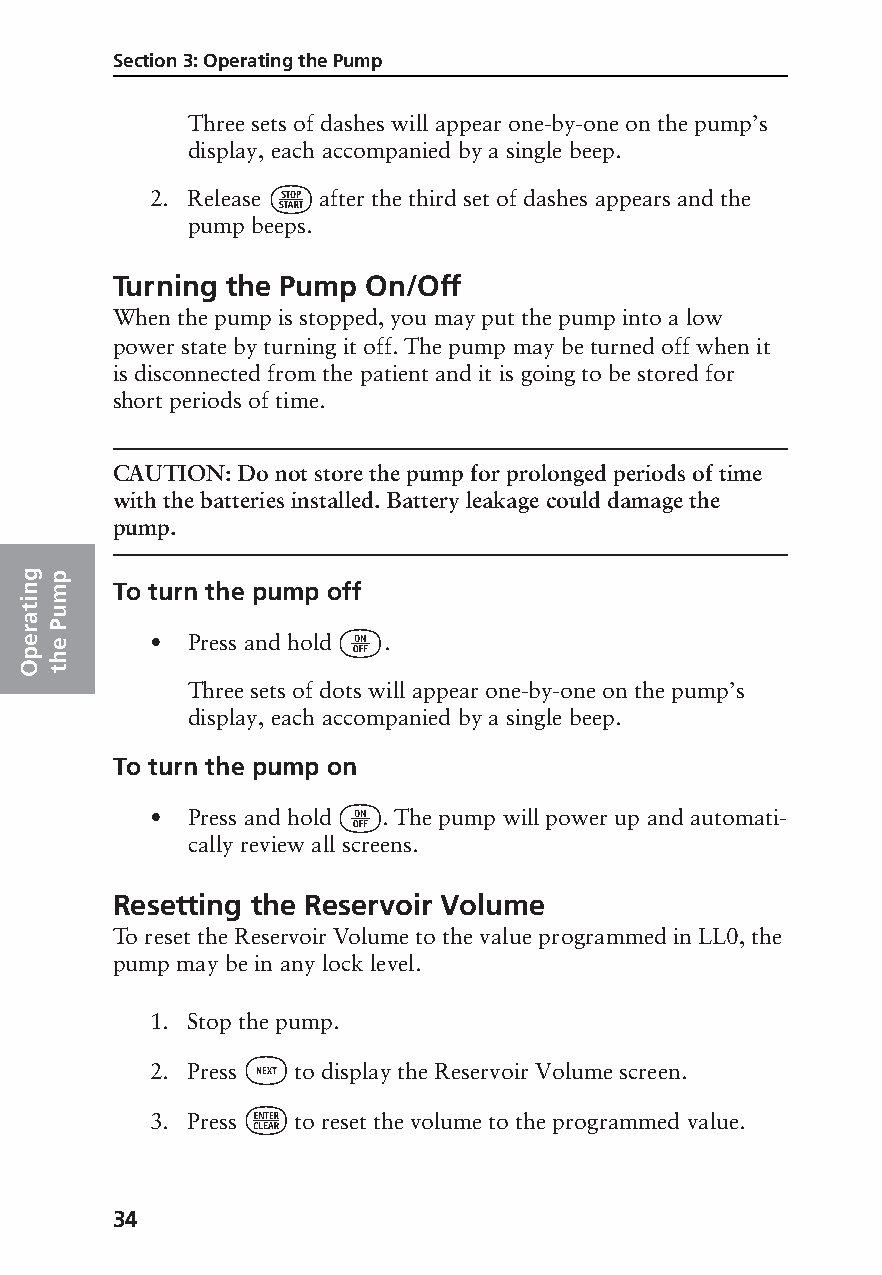
Section 3: Operating the Pump
 Three sets of dashes will appear one-by-one on the pump’s
 display, each accompanied by a single beep.
 ⁄
 2. Release after the third set of dashes appears and the
 pump beeps.
 Turning the Pump On/Off
 When the pump is stopped, you may put the pump into a low
 power state by turning it off. The pump may be turned off when it
 is disconnected from the patient and it is going to be stored for
 short periods of time.
 CAUTION: Do not store the pump for prolonged periods of time
 with the batteries installed. Battery leakage could damage the
 pump.
 s
 n
 gop
 ntim  To turn the pump off
 ic
 tuu
 ra trP               Å
 pe Ins he • Press and hold .
 Og t
 n        Three sets of dots will appear one-by-one on the pump’s
 i
 t
 ra       display, each accompanied by a single beep.
 e
 p
 O
 To turn the pump on
 Å
 • Press and hold . The pump will power up and automati-
 cally review all screens.
 Resetting the Reservoir Volume
 To reset the Reservoir Volume to the value programmed in LL0, the
 pump may be in any lock level.
 1. Stop the pump.
 „
 2. Press to display the Reservoir Volume screen.
 ¤
 3. Press to reset the volume to the programmed value.
 34
 PROOF (LR #3086), 2000-03-16 «3935-51D Manual, Legacy 1»